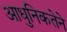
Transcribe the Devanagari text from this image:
आधुनिकतेने